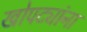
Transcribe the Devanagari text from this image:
खोपट्यांना